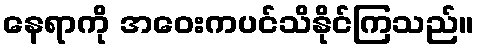
နေရာကို အဝေးကပင်သိနိုင်ကြသည်။